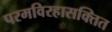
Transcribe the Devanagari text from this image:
परमविरहासक्तित